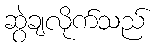
ဆွဲချလိုက်သည်